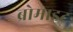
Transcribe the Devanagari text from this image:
ब्रोमाइट